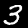
Digit: 3